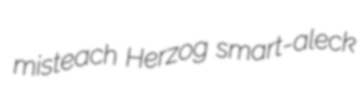
misteach Herzog smart-aleck